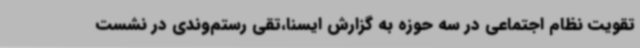
تقویت نظام اجتماعی در سه حوزه به گزارش ایسنا،تقی رستم‌وندی در نشست